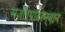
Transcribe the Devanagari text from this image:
मजल्यांदरम्यान